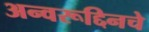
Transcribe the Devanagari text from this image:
अन्वरूद्दिनचे